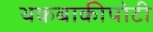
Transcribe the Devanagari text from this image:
थकबाकीपोटी